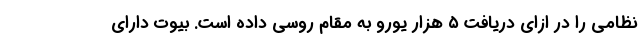
نظامی را در ازای دریافت ۵ هزار یورو به مقام روسی داده است. بیوت دارای